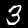
Digit: 3